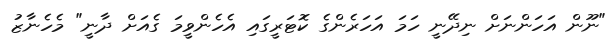
"ނޫން އަހަންނަށް ނިދޭނީ ހަމަ އަހަރެންގެ ކޮޓަރީގައި އެހެންވީމަ ގެއަށް ދާނީ" މެހެނާޒު